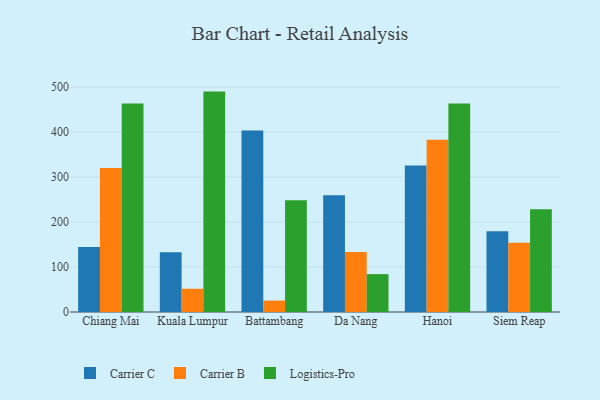
{"axis": {"x": "City", "y": "Operating Costs (USD K)"}, "legend": ["Carrier B", "Carrier C", "Logistics-Pro"], "data": [{"x": "Chiang Mai", "y": 144.4, "type": "Carrier C"}, {"x": "Chiang Mai", "y": 319.9, "type": "Carrier B"}, {"x": "Chiang Mai", "y": 463.2, "type": "Logistics-Pro"}, {"x": "Kuala Lumpur", "y": 132.6, "type": "Carrier C"}, {"x": "Kuala Lumpur", "y": 51.7, "type": "Carrier B"}, {"x": "Kuala Lumpur", "y": 489.9, "type": "Logistics-Pro"}, {"x": "Battambang", "y": 403.5, "type": "Carrier C"}, {"x": "Battambang", "y": 25.4, "type": "Carrier B"}, {"x": "Battambang", "y": 248.4, "type": "Logistics-Pro"}, {"x": "Da Nang", "y": 259.6, "type": "Carrier C"}, {"x": "Da Nang", "y": 133.5, "type": "Carrier B"}, {"x": "Da Nang", "y": 84.2, "type": "Logistics-Pro"}, {"x": "Hanoi", "y": 325.6, "type": "Carrier C"}, {"x": "Hanoi", "y": 382.8, "type": "Carrier B"}, {"x": "Hanoi", "y": 463.3, "type": "Logistics-Pro"}, {"x": "Siem Reap", "y": 179.5, "type": "Carrier C"}, {"x": "Siem Reap", "y": 154.1, "type": "Carrier B"}, {"x": "Siem Reap", "y": 228.5, "type": "Logistics-Pro"}]}